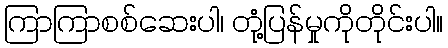
ကြာကြာစစ်ဆေးပါ၊ တုံ့ပြန်မှုကိုတိုင်းပါ။